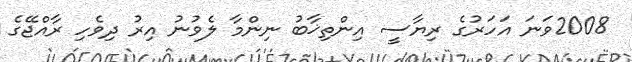
2008ވަނަ އަހަރުގެ ރިޔާސީ އިންތިޚާބު ނިންމާ ލެވުނު އިރު ދިވެހި ރާއްޖޭގެ